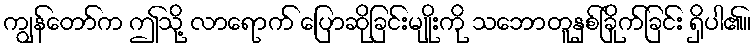
ကျွန်တော်က ဤသို့ လာရောက် ပြောဆိုခြင်းမျိုးကို သဘောတူနှစ်ခြိုက်ခြင်း ရှိပါ၏။